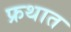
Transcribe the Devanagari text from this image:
फ्रथात